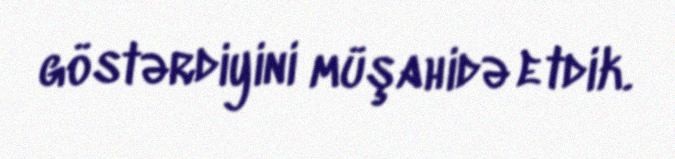
göstərdiyini müşahidə etdik.